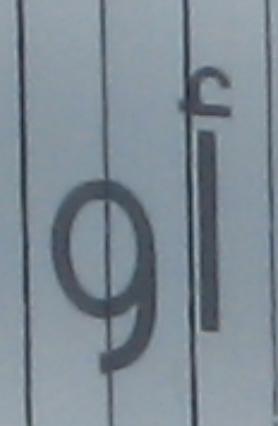
أو